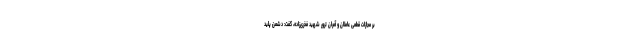
بر مجازات قطعی عاملان و آمران ترور شهید فخری‌زاده، گفت: دشمن پلید